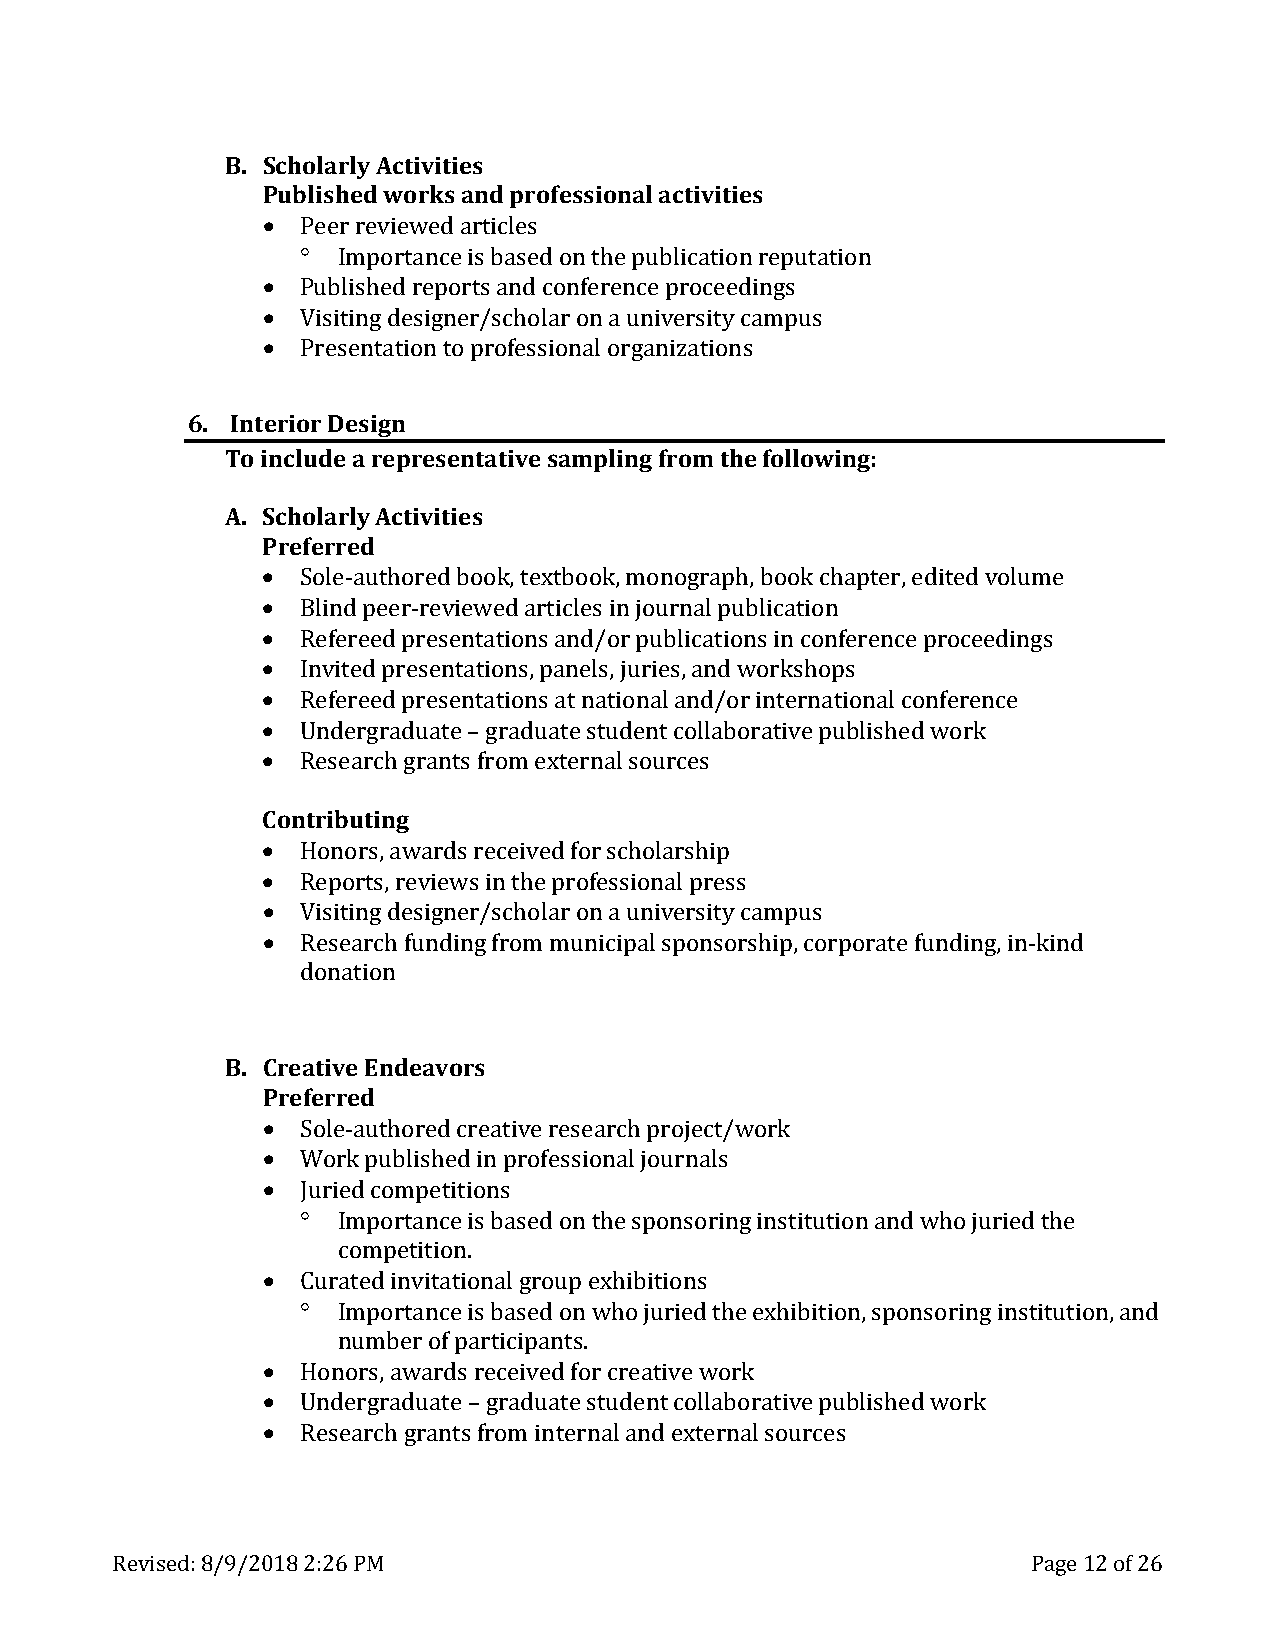
B. Scholarly Activities
 Published works and professional activities
 •
 °
 •  Peer reviewed articles
 •    Importance is based on the publication reputation
 •  Published reports and conference proceedings
 Visiting designer/scholar on a university campus
 Presentation to professional organizations
 6. Interior Design
 To include a representative sampling from the following:
 A. Scholarly Activities
 Preferred
 •
 •
 •  Sole-authored book, textbook, monograph, book chapter, edited volume
 •  Blind peer-reviewed articles in journal publication
 •  Refereed presentations and/or publications in conference proceedings
 •  Invited presentations, panels, juries, and workshops
 •  Refereed presentations at national and/or international conference
 Undergraduate – graduate student collaborative published work
 ConRtreisbeuartcinhg g rants from external sources
 •
 •
 •  Honors, awards received for scholarship
 •  Reports, reviews in the professional press
 Visiting designer/scholar on a university campus
 Research funding from municipal sponsorship, corporate funding, in-kind
 donation
 B. Creative Endeavors
 Preferred
 •
 •
 •  Sole-authored creative research project/work
 W° ork published in professional journals
 Juried competitions
 •    Importance is based on the sponsoring institution and who juried the
 ° competition.
 Curated invitational group exhibitions
 •    Importance is based on who juried the exhibition, sponsoring institution, and
 •    number of participants.
 •  Honors, awards received for creative work
 Undergraduate – graduate student collaborative published work
 Research grants from internal and external sources
 Revised: 8/9/2018 2:26 PM                                    Page 12 of 26